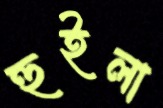
হুইলা